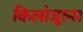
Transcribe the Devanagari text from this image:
किलोजूल्स